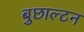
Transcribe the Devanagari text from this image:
बुछाल्टन